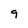
Character: 9